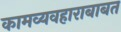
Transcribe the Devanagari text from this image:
कामव्यवहाराबाबत